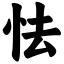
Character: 怯